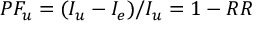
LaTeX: P F _ { u } = ( I _ { u } - I _ { e } ) / I _ { u } = 1 - R R